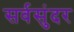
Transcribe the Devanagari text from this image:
सर्वसुंदर